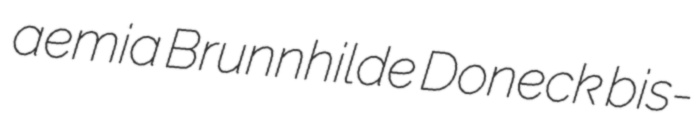
aemia Brunnhilde Doneck bis-